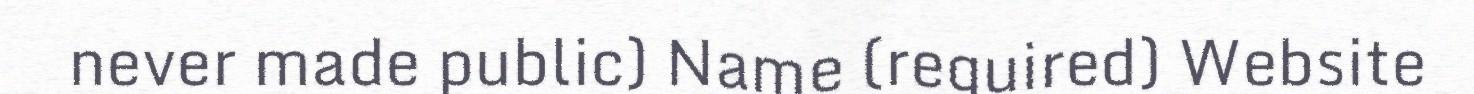
never made public) Name (required) Website